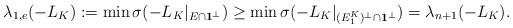
LaTeX: \begin{align*}\lambda_{1,e}(-L_K) := \min \sigma(-L_K |_{E_{} \cap \mathbf{1}^{\perp}}) \geq \min \sigma(-L_K |_{(E^K_1)^{\perp} \cap \mathbf{1}^{\perp}}) = \lambda_{n+1}(-L_K) .\end{align*}